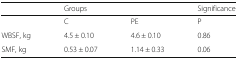
|  | <COLSPAN=2> Groups | Significance |
 | --- | --- | --- | --- |
 |  | C | PE | P |
 | WBSF, kg | 4.5 ± 0.10 | 4.6 ± 0.10 | 0.86 |
 | SMF, kg | 0.53 ± 0.07 | 1.14 ± 0.33 | 0.06 |